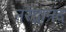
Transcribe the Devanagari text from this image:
नरेंद्रानंद